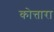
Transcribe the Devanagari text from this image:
कोत्तारा